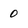
Character: 0